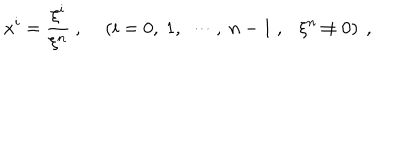
x ^ { i } = \frac { \xi ^ { i } } { \xi ^ { n } } ~ , ~ \left( i = 0 , ~ 1 , ~ \cdots , ~ n - 1 ~ , \xi ^ { n } \not = 0 \right) ~ ,